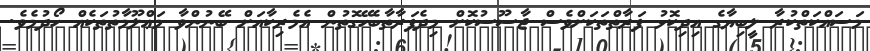
މަސައްކަތްކުރާ ލީބިޔާގެ އިދިކޮޅު ފަރާތްތަކަށްވެސް ޖާސޫސުކޮށް މިދެފަރާތާބެހޭގޮތުން އެމެރިކާއަށް ބޭނުންވާ މަޢްލޫމާތުތަކެއް ހޯދުމެވެ.